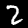
Label: 2